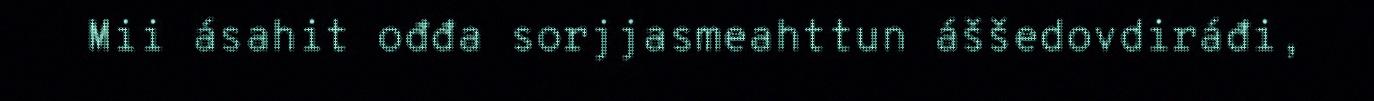
Mii ásahit ođđa sorjjasmeahttun áššedovdiráđi,